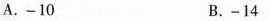
A.-10 B.-14